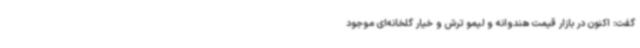
گفت: اکنون در بازار قیمت هندوانه و لیمو ترش و خیار گلخانه‌ای موجود